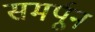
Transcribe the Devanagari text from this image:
समर्पून